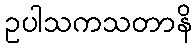
ဥပါသကသတာနိ